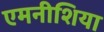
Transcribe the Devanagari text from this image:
एमनीशिया